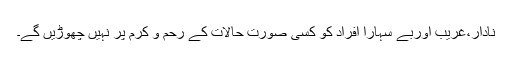
نادار،غریب اوربے سہارا افراد کو کسی صورت حالات کے رحم و کرم پر نہیں چھوڑیں گے۔